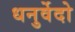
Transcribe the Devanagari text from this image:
धनुर्वेदो